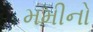
મમીનો